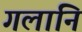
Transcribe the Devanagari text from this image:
गलानि